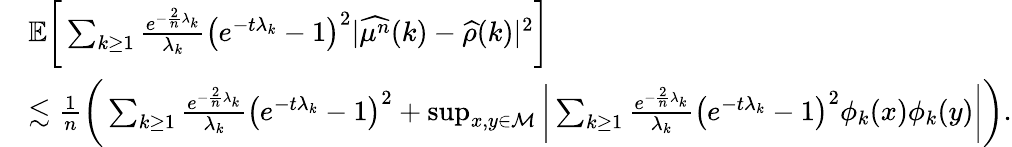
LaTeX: \begin{array}{rl}&{\mathbb{E}\bigg[\sum_{k\geq 1}\frac{e^{-\frac{2}{n}\lambda_{k}}}{\lambda_{k}}\big(e^{-t\lambda_{k}}-1\big)^{2}\vert\widehat{\mu^{n}}(k)-\widehat{\rho}(k)\vert^{2}\bigg]}\\ &{\lesssim\frac{1}{n}\bigg(\sum_{k\geq 1}\frac{e^{-\frac{2}{n}\lambda_{k}}}{\lambda_{k}}\big(e^{-t\lambda_{k}}-1\big)^{2}+\operatorname*{sup}_{x,y\in\mathcal{M}}\bigg\vert\sum_{k\geq 1}\frac{e^{-\frac{2}{n}\lambda_{k}}}{\lambda_{k}}\big(e^{-t\lambda_{k}}-1\big)^{2}\phi_{k}(x)\phi_{k}(y)\bigg\vert\bigg).}\end{array}